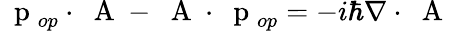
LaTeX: \mathrm{~\mathbf~p~}_{op}\cdot\mathrm{~\mathbf~A~}-\mathrm{~\mathbf~A~}\cdot\mathrm{~\mathbf~p~}_{op}=-i\hbar\nabla\cdot\mathrm{~\mathbf~A~}